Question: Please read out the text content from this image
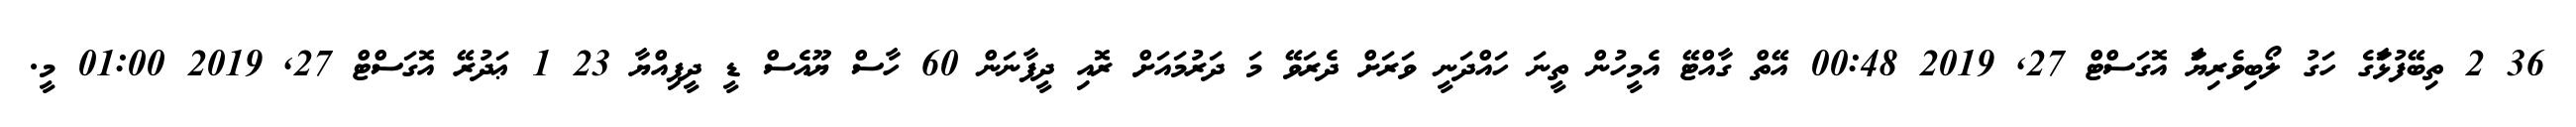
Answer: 36 2 ތިބޭފުޅަާގެ ހަގު ލޯބިވެރިޔަަާ އޮގަސްޓް 27, 2019 00:48 އޭތް ގާއްޓޭ އެމީހުން ތީނަ ހައްދަނީ ވަރަށް ދެރަވޭ މަ ދަރުމައަށް ރޮއި ދީފާނަން 60 ހާސް ޔޫއެސް ޑީ ދީފިއްޔާ 23 1 ޢަދުރޭ އޮގަސްޓް 27, 2019 01:00 މީ.